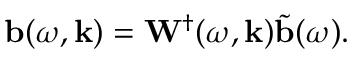
\mathbf { b } ( \omega , \mathbf { k } ) = \mathbf { W } ^ { \dagger } ( \omega , \mathbf { k } ) \tilde { \mathbf { b } } ( \omega ) .